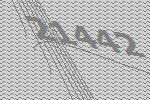
21442